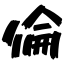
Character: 倫